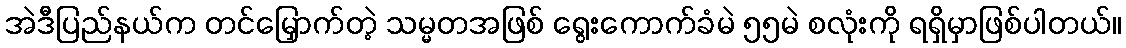
အဲဒီပြည်နယ်က တင်မြှောက်တဲ့ သမ္မတအဖြစ် ရွေးကောက်ခံမဲ ၅၅မဲ စလုံးကို ရရှိမှာဖြစ်ပါတယ်။